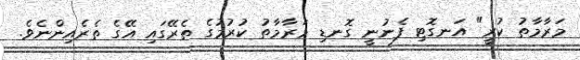
މަރާމާތު ކުރީ" އަނގޮޓި ފެނުނީ ގޮނޑި މަރާމާތު ކުރުމުގެ ތެރޭގައި އޭގެ ތެރެއިންނެވެ.